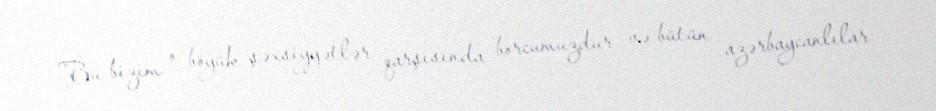
Bu bizim o böyük şəxsiyyətlər qarşısında borcumuzdur və bütün azərbaycanlılar